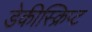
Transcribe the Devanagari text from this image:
डेकीस्क्रिप्ट